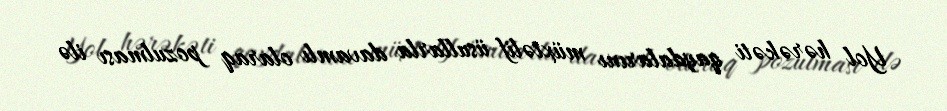
Yol hərəkəti qaydalarını müxtəlif üsullarla davamlı olaraq pozulması ilə